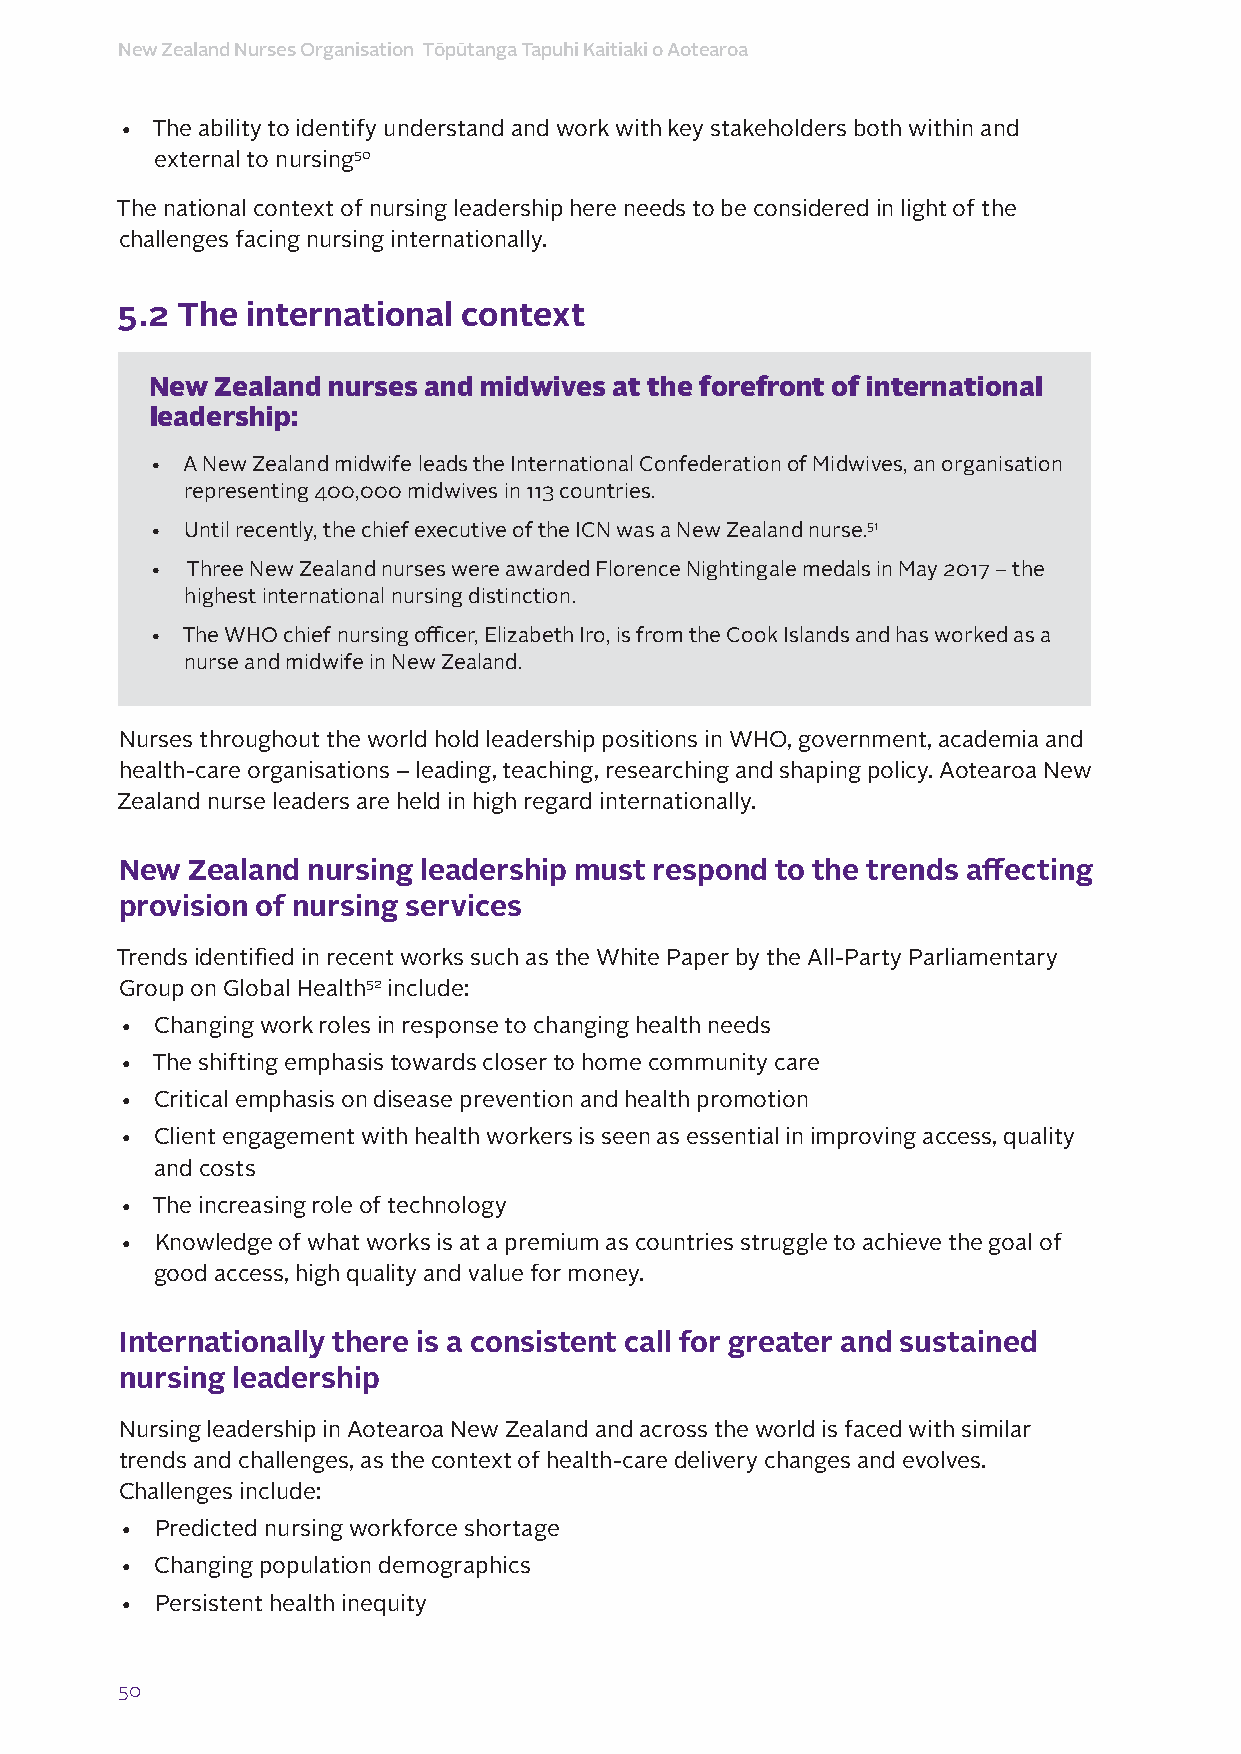
New Zealand Nurses Organisation Tōpūtanga Tapuhi Kaitiaki o Aotearoa
 • The ability to identify understand and work with key stakeholders both within and
 external to nursing50
 The national context of nursing leadership here needs to be considered in light of the
 challenges facing nursing internationally.
 5.2 The international  context
 New Zealand nurses and midwives at the forefront of international
 leadership:
 • A New Zealand midwife leads the International Confederation of Midwives, an organisation
 representing 400,000 midwives in 113 countries.
 • Until recently, the chief executive of the ICN was a New Zealand nurse.51
 • Three New Zealand nurses were awarded Florence Nightingale medals in May 2017 – the
 highest international nursing distinction.
 • The WHO chief nursing officer, Elizabeth Iro, is from the Cook Islands and has worked as a
 nurse and midwife in New Zealand.
 Nurses throughout the world hold leadership positions in WHO, government, academia and
 health-care organisations – leading, teaching, researching and shaping policy. Aotearoa New
 Zealand nurse leaders are held in high regard internationally.
 New Zealand nursing leadership must respond to the trends affecting
 provision of nursing services
 Trends identified in recent works such as the White Paper by the All-Party Parliamentary
 Group on Global Health52 include:
 • Changing work roles in response to changing health needs
 • The shifting emphasis towards closer to home community care
 • Critical emphasis on disease prevention and health promotion
 • Client engagement with health workers is seen as essential in improving access, quality
 and costs
 • The increasing role of technology
 • Knowledge of what works is at a premium as countries struggle to achieve the goal of
 good access, high quality and value for money.
 Internationally there is a consistent call for greater and sustained
 nursing leadership
 Nursing leadership in Aotearoa New Zealand and across the world is faced with similar
 trends and challenges, as the context of health-care delivery changes and evolves.
 Challenges include:
 • Predicted nursing workforce shortage
 • Changing population demographics
 • Persistent health inequity
 50